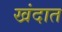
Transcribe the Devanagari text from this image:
खंदात